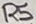
Text: R5